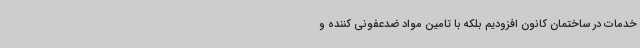
خدمات در ساختمان کانون افزودیم بلکه با تامین مواد ضدعفونی کننده و